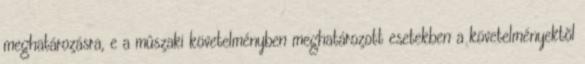
meghatározásra, e a mûszaki követelményben meghatározott esetekben a követelményektõl